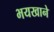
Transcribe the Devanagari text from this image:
भयखाने